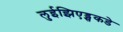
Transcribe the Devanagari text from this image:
लुईझिएड्सकडे